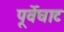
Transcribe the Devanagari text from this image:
पूर्वेघाट